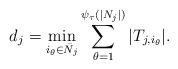
LaTeX: \begin{align*} d_j=\min_{\substack{i_\theta\in\bar{N}_j}} \sum_{\theta=1}^{\psi_\tau(|N_j|)}|T_{j,i_{\theta}}|.\end{align*}